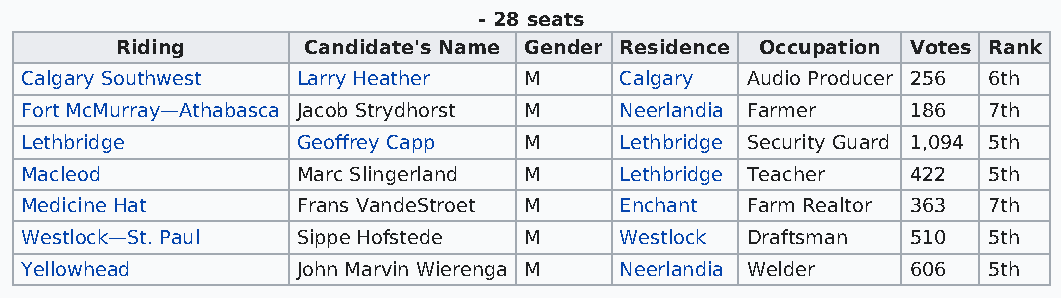
- 28 seats
 Riding      Candidate's Name Gender Residence Occupation Votes Rank
 Calgary Southwest  Larry Heather  M     Calgary Audio Producer 256 6th
 Fort McMurray—Athabasca Jacob Strydhorst M Neerlandia Farmer 186 7th
 Lethbridge         Geoffrey Capp  M     Lethbridge Security Guard 1,094 5th
 Macleod            Marc Slingerland M   Lethbridge Teacher 422  5th
 Medicine Hat       Frans VandeStroet M  Enchant Farm Realtor 363 7th
 Westlock—St. Paul  Sippe Hofstede M     Westlock Draftsman 510  5th
 Yellowhead         John Marvin Wierenga M Neerlandia Welder 606 5th